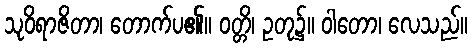
သုဝိရာဇိတာ၊ တောက်ပ၏။ ဝတ္တိ၊ ဥတု၌။ ဝါတော၊ လေသည်။